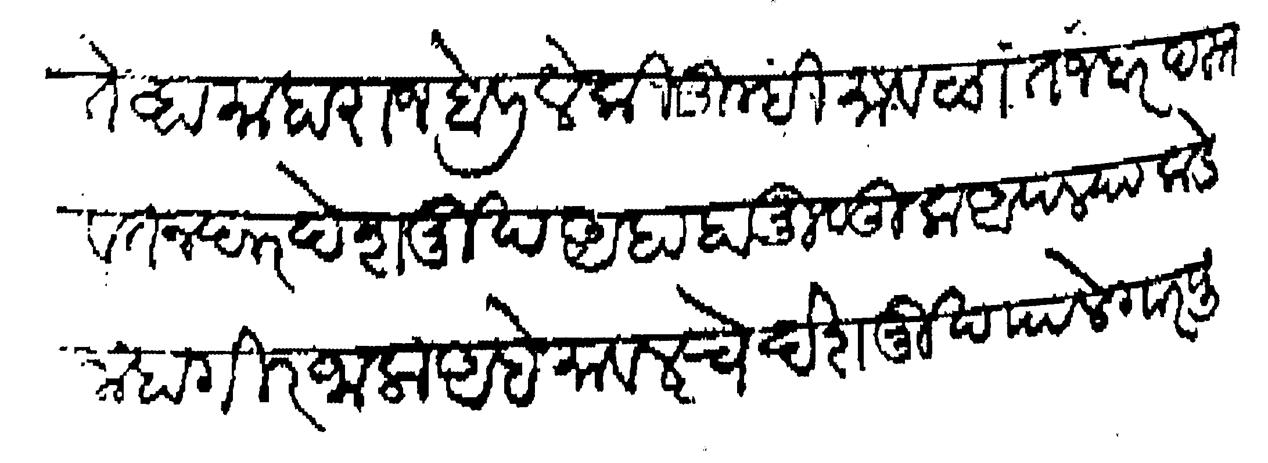
Transliteration (Devanagari): तेव्हा माहाराज बोलिले की तुम्ही मावळांत जबरदस्त वतनदार देशमुख आहा हा मुळुक आपल्याकडे जाहागीर जाला आहे मावलचे देशमुख पालेगार पुड